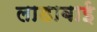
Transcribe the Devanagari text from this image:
लाडाबाई